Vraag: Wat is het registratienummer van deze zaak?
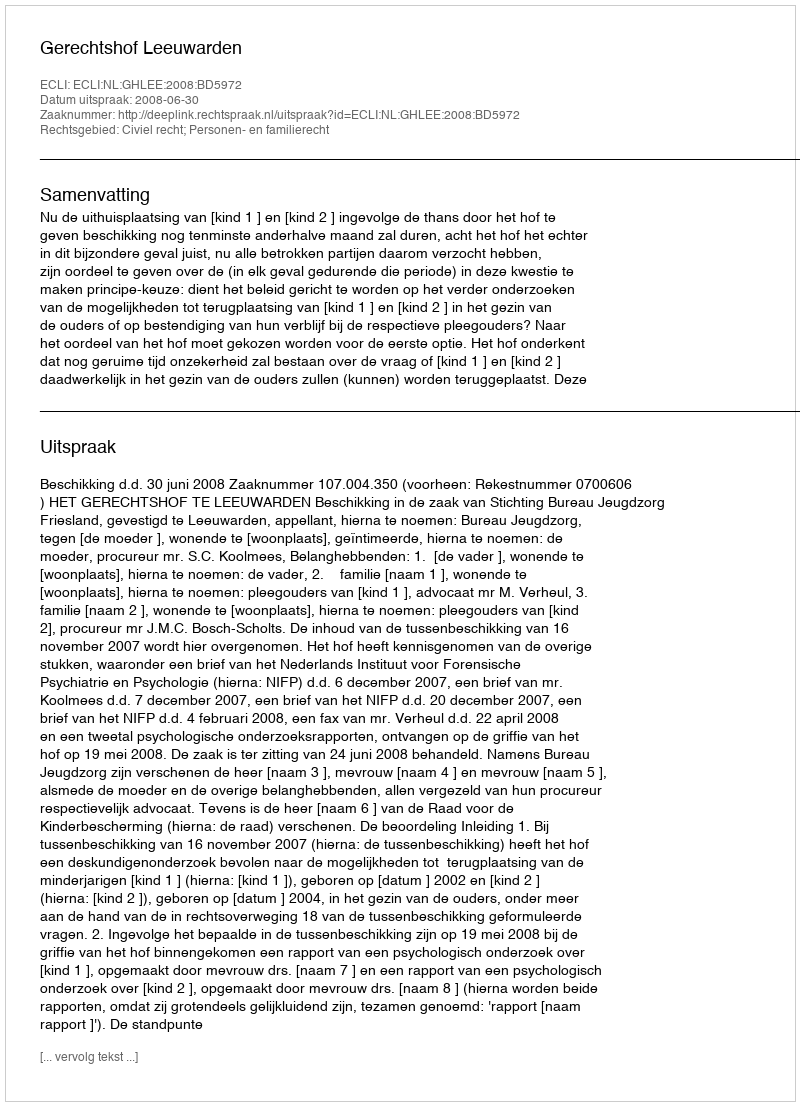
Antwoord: http://deeplink.rechtspraak.nl/uitspraak?id=ECLI:NL:GHLEE:2008:BD5972